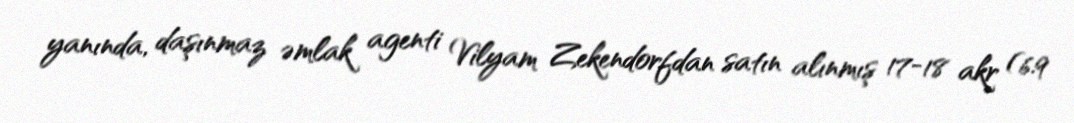
yanında, daşınmaz əmlak agenti Vilyam Zekendorfdan satın alınmış 17-18 akr (6.9